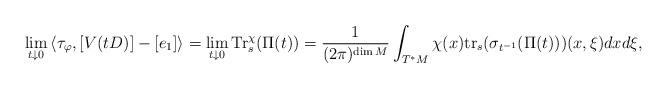
LaTeX: \begin{align*}\lim_{t\downarrow 0}\left<\tau_\varphi,[V(tD)]-[e_1]\right>=\lim_{t\downarrow 0}{\rm Tr}^\chi_s(\Pi(t))=\frac{1}{(2\pi)^{\dim M}}\int_{T^*M}\chi(x){\rm tr}_s(\sigma_{t^{-1}}(\Pi(t)))(x,\xi) dxd\xi,\end{align*}